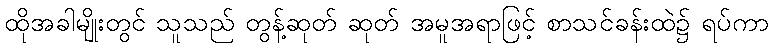
ထိုအခါမျိုးတွင် သူသည် တွန့်ဆုတ် ဆုတ် အမူအရာဖြင့် စာသင်ခန်းထဲ၌ ရပ်ကာ